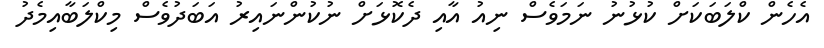
އެހެން ކްލަބަކަށް ކުޅުނު ނަމަވެސް ނިއު އާއި ދެކޮޅަށް ނުކުންނައިރު އަބަދުވެސް މިކްލަބާއިމެދު